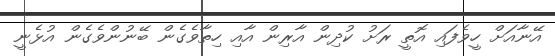
އޭނާއަށް ހީވެފައި އޮތީ ރަށު ކުދިން އާރިން އާއި ހިތާވެގެން ބޭނުންވެގެން އުޅެނީ